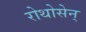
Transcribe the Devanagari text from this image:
रोथोसेन्